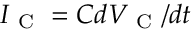
I _ { \mathrm { ~ C ~ } } = C d V _ { \mathrm { ~ C ~ } } / d t